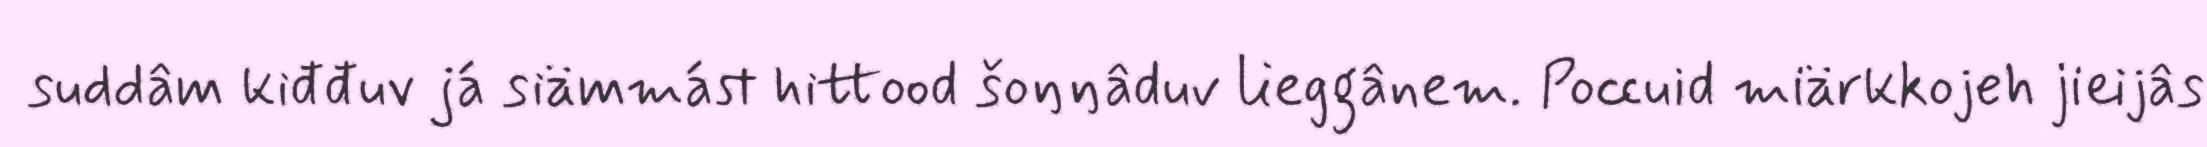
suddâm kiđđuv já siämmást hittood šoŋŋâduv lieggânem. Poccuid miärkkojeh jieijâs